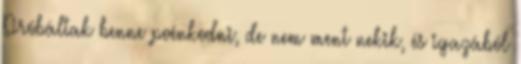
Próbáltak benne poénkodni, de nem ment nekik, és igazából